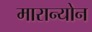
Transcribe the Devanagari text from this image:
मारान्योन